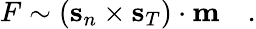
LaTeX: F\sim({\mathbf s}_{n}\times{\mathbf s}_{T})\cdot{\mathbf{m}}\quad.